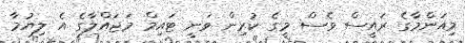
މިއަންމާގެ ރައީސް ވެސް މީގެ ކުރިން ވަނީ ޓައިމް މަޖައްލާގެ އެ ލިޔުމާ